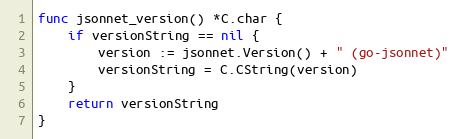
Language: Go
func jsonnet_version() *C.char {
	if versionString == nil {
		version := jsonnet.Version() + " (go-jsonnet)"
		versionString = C.CString(version)
	}
	return versionString
}